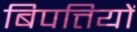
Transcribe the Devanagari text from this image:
बिपत्तियों